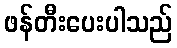
ဖန်တီးပေးပါသည်